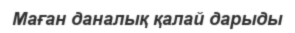
Маған даналық қалай дарыды